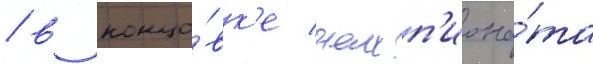
/ в концо́вк'е чемп'иона́та